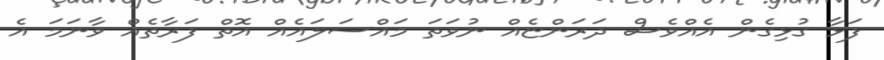
ފަޅާ ގުޅިގެން އެއްވެސް ދަރަންޏެއް ނުވަތަ މައްސަލައެއް އޮތް ފަރާތެއް ވާނަމަ އެ